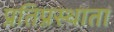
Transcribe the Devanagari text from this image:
प्रतिप्रस्थाता